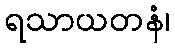
ရသာယတနံ၊